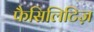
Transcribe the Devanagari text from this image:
फैसिलिटिज़